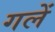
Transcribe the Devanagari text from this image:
गलें